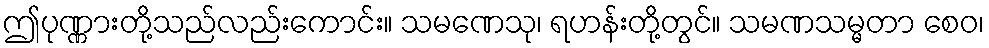
ဤပုဏ္ဏားတို့သည်လည်းကောင်း။ သမဏေသု၊ ရဟန်းတို့တွင်။ သမဏသမ္မတာ စေဝ၊